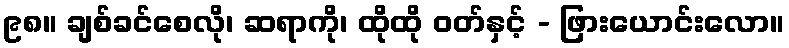
၉၈။ ချစ်ခင်စေလို၊ ဆရာကို၊ ထိုထို ဝတ်နှင့် - ဖြားယောင်းလော။